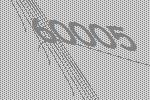
60005